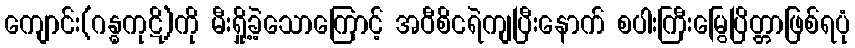
ကျောင်း(ဂန္ဓကုဋိ)ကို မီးရှို့ခဲ့သောကြောင့် အဝီစိငရဲကျပြီးနောက် စပါးကြီးမြွေပြိတ္တာဖြစ်ရပုံ